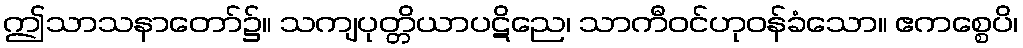
ဤသာသနာတော်၌။ သကျပုတ္တိယာပဋိညေ၊ သာကီဝင်ဟုဝန်ခံသော။ ဧကစ္စေပိ၊